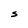
Character: S